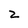
Character: 2